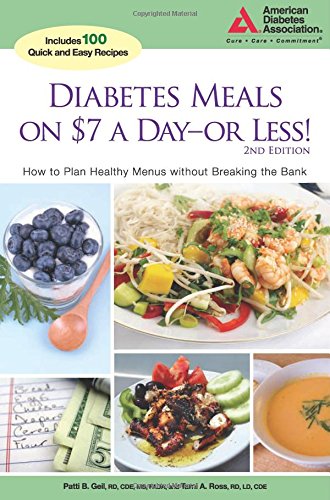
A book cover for Diabetes Meals on $7 a DayEEor Less!: How to Plan Healthy Menus without Breaking the Bank; Patti B. Geil R.D.; Cookbooks, Food & Wine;